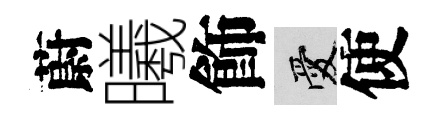
蔚曦飾愛使